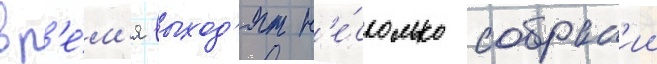
вр'е́м'я выход'ят н'е́сколько собран'ии